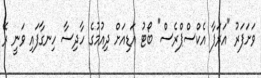
ވަށަފަރު "އަރަފާ އެކްސްޕްރެސް" ބޯޓު އަޑިއަށް ދިއުމުގެ ހާދިސާ ހިނގާފައި ވަނީ ރޭ